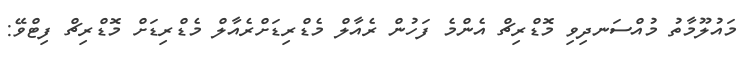
މައުލޫމާތު މުއްސަނދިވި މޮޑްރިޗް އެންމެ ފަހުން ރެއާލް މެޑްރިޑަށްރެއާލް މެޑްރިޑަށް މޮޑްރިޗް ފިޓްވޭ: